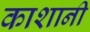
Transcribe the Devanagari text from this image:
काशानी